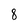
Character: 8